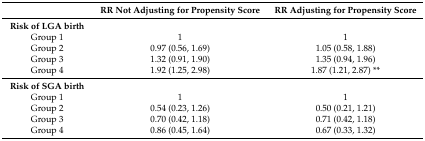
<table><thead><tr><td></td><td><b>RR Not Adjusting for Propensity Score</b></td><td><b>RR Adjusting for Propensity Score</b></td></tr></thead><tbody><tr><td><b>Risk of LGA birth</b></td><td></td><td></td></tr><tr><td>Group 1</td><td>1</td><td>1</td></tr><tr><td>Group 2</td><td>0.97 (0.56, 1.69)</td><td>1.05 (0.58, 1.88)</td></tr><tr><td>Group 3</td><td>1.32 (0.91, 1.90)</td><td>1.35 (0.94, 1.96)</td></tr><tr><td>Group 4</td><td>1.92 (1.25, 2.98)</td><td>1.87 (1.21, 2.87) **</td></tr><tr><td><b>Risk of SGA birth</b></td><td></td><td></td></tr><tr><td>Group 1</td><td>1</td><td>1</td></tr><tr><td>Group 2</td><td>0.54 (0.23, 1.26)</td><td>0.50 (0.21, 1.21)</td></tr><tr><td>Group 3</td><td>0.70 (0.42, 1.18)</td><td>0.71 (0.42, 1.18)</td></tr><tr><td>Group 4</td><td>0.86 (0.45, 1.64)</td><td>0.67 (0.33, 1.32)</td></tr></tbody></table>